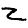
Digit: 2